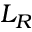
L _ { R }